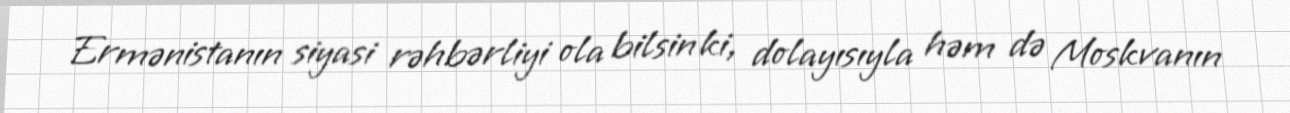
Ermənistanın siyasi rəhbərliyi ola bilsin ki, dolayısıyla həm də Moskvanın